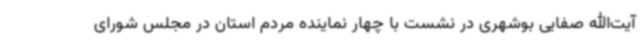
آیت‌الله صفایی بوشهری در نشست با چهار نماینده مردم استان در مجلس شورای